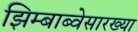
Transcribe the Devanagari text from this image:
झिम्बाब्वेसारख्या